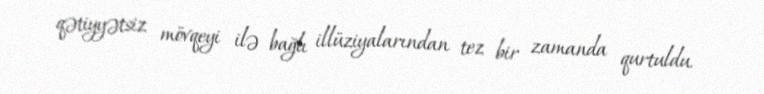
qətiyyətsiz mövqeyi ilə bağlı illüziyalarından tez bir zamanda qurtuldu.